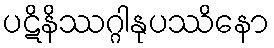
ပဋိနိဿဂ္ဂါနုပဿိနော